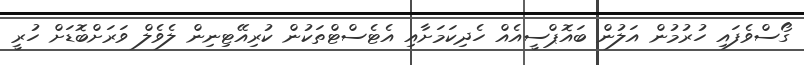
ގޯސްވެފައި ހުރުމުން އަލުން ބައޮޕްސީއެއް ހެދިކަމަށާއި އެޓެސްޓްތަކުން ކުރިއޭޓިނިން ލެވެލް ވަރަށްބޮޑަށް ހުރީ